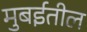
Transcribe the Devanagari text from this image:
मुबईतील